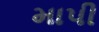
માપી